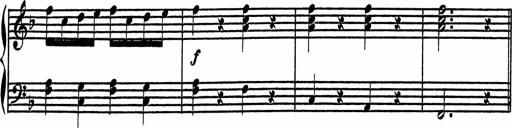
Title: 4 Piano Sonatinas
Composer: Adam Geibel